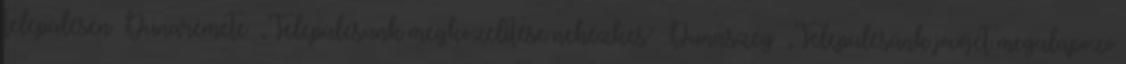
településen ▪Dunaremete ▪„Településünk megközelítése nehézkes” ▪Dunaszeg ▪„Településünk jövőjét megalapozó